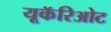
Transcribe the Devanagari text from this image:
यूकॅरिओट